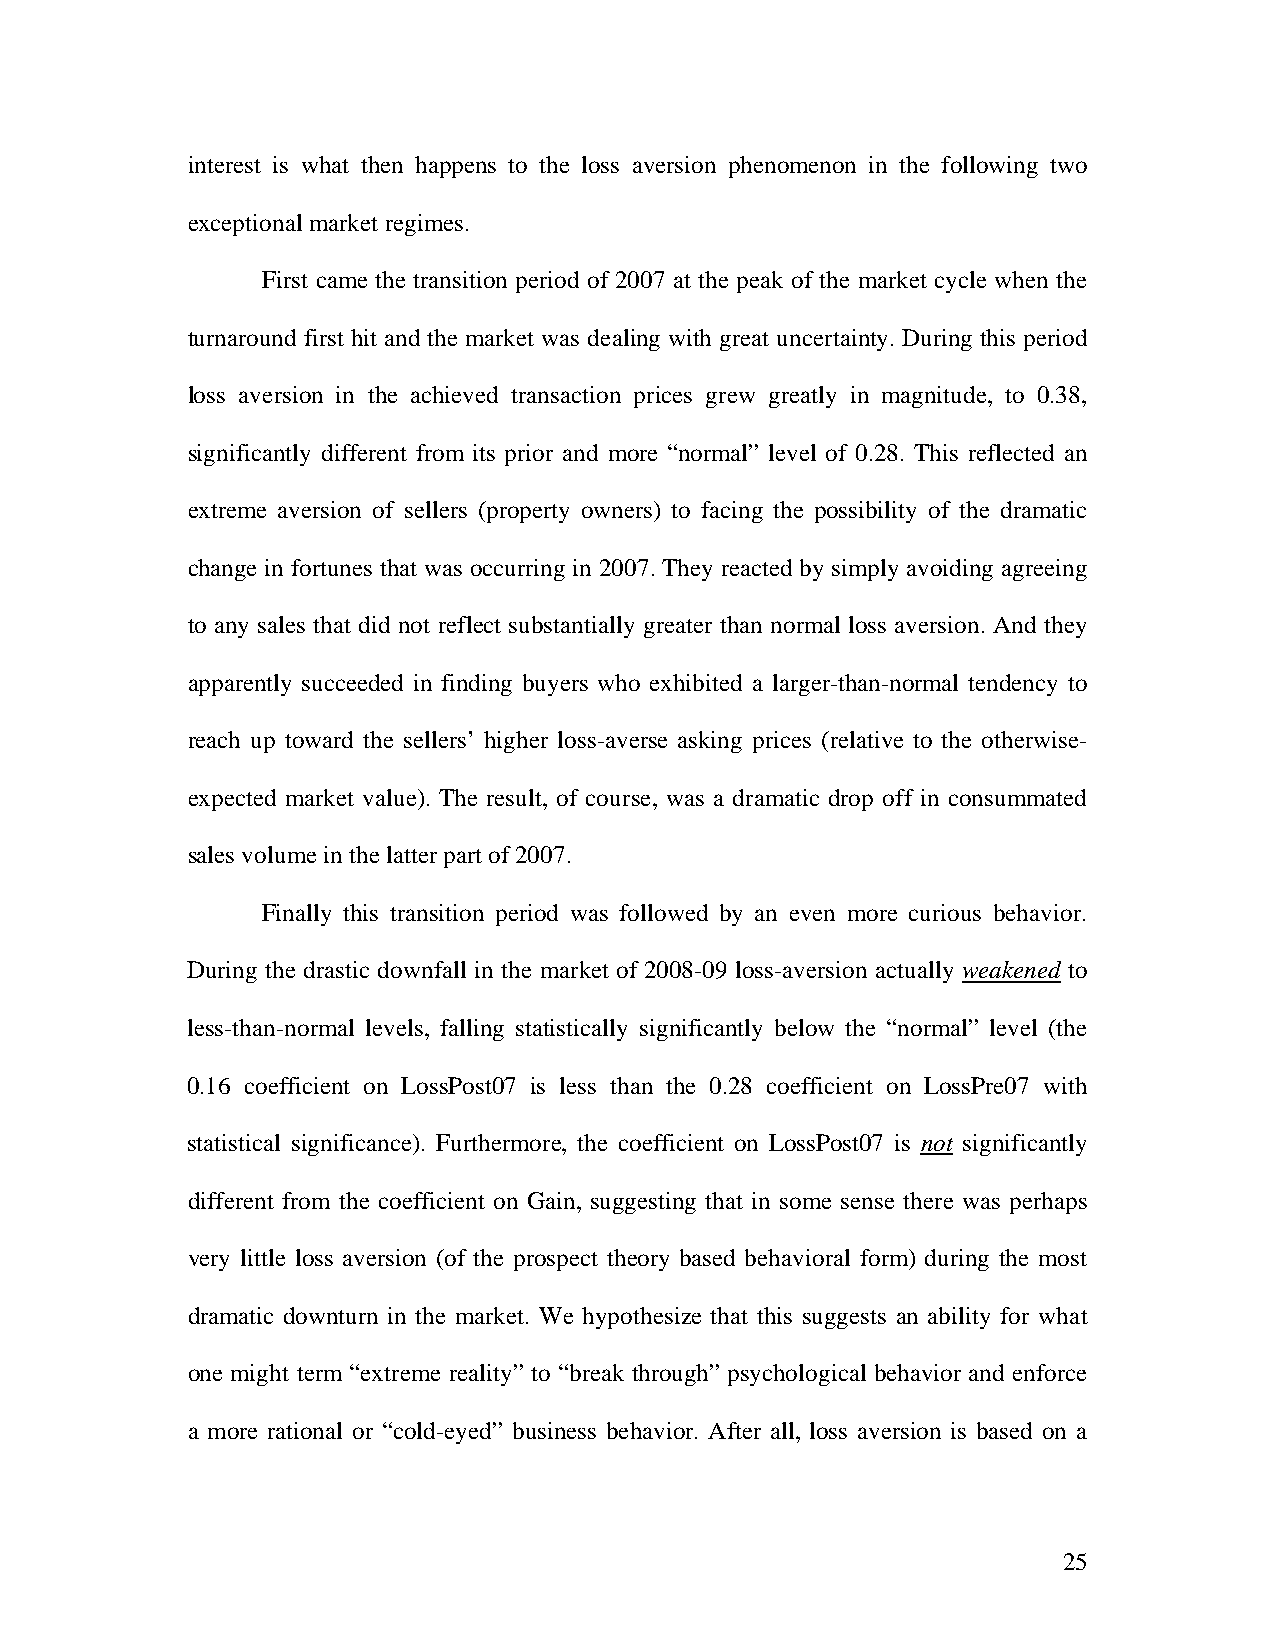
interest is what then happens to the loss aversion phenomenon in the following two
 exceptional market regimes.
 First came the transition period of 2007 at the peak of the market cycle when the
 turnaround first hit and the market was dealing with great uncertainty. During this period
 loss aversion in the achieved transaction prices grew greatly in magnitude, to 0.38,
 significantly different from its prior and more “normal” level of 0.28. This reflected an
 extreme aversion of sellers (property owners) to facing the possibility of the dramatic
 change in fortunes that was occurring in 2007. They reacted by simply avoiding agreeing
 to any sales that did not reflect substantially greater than normal loss aversion. And they
 apparently succeeded in finding buyers who exhibited a larger-than-normal tendency to
 reach up toward the sellers’ higher loss-averse asking prices (relative to the otherwise-
 expected market value). The result, of course, was a dramatic drop off in consummated
 sales volume in the latter part of 2007.
 Finally this transition period was followed by an even more curious behavior.
 During the drastic downfall in the market of 2008-09 loss-aversion actually weakened to
 less-than-normal levels, falling statistically significantly below the “normal” level (the
 0.16 coefficient on LossPost07 is less than the 0.28 coefficient on LossPre07 with
 statistical significance). Furthermore, the coefficient on LossPost07 is not significantly
 different from the coefficient on Gain, suggesting that in some sense there was perhaps
 very little loss aversion (of the prospect theory based behavioral form) during the most
 dramatic downturn in the market. We hypothesize that this suggests an ability for what
 one might term “extreme reality” to “break through” psychological behavior and enforce
 a more rational or “cold-eyed” business behavior. After all, loss aversion is based on a
 25